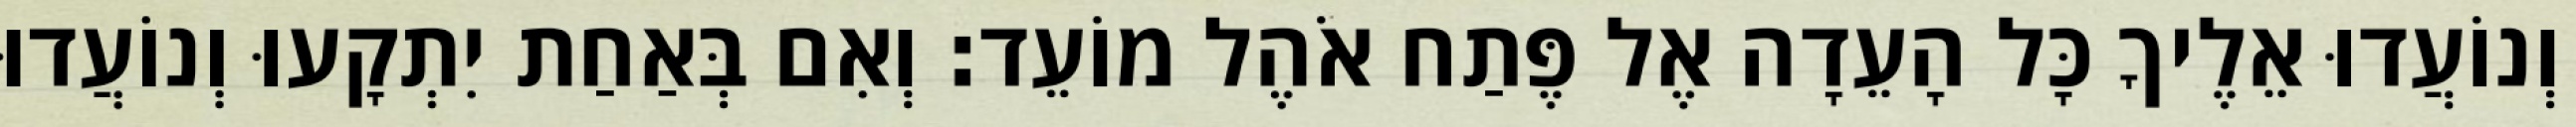
וְנוֹעֲדוּ אֵלֶיךָ כָּל הָעֵדָה אֶל פֶּתַח אֹהֶל מוֹעֵד׃ וְאִם בְּאַחַת יִתְקָעוּ וְנוֹעֲדוּ